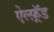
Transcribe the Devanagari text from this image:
ऐल्फ़्रॅड